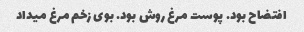
افتضاح بود. پوست مرغ روش بود. بوی زخم مرغ میداد